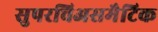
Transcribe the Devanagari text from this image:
सुपरचिअसमैटिक